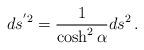
LaTeX: \begin{align*}ds^{'2}=\frac{1}{\cosh^{2} \alpha}ds^{2}\,.\end{align*}